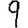
Digit: 9